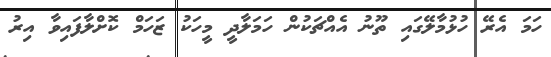
ހަމަ އެރޭ ހުޅުމާލޭގައި ތޫނު އެއްޗަކުން ހަމަލާދީ މީހަކު ޒަހަމް ކޮށްލާފައިވާ އިރު